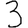
Digit: 3